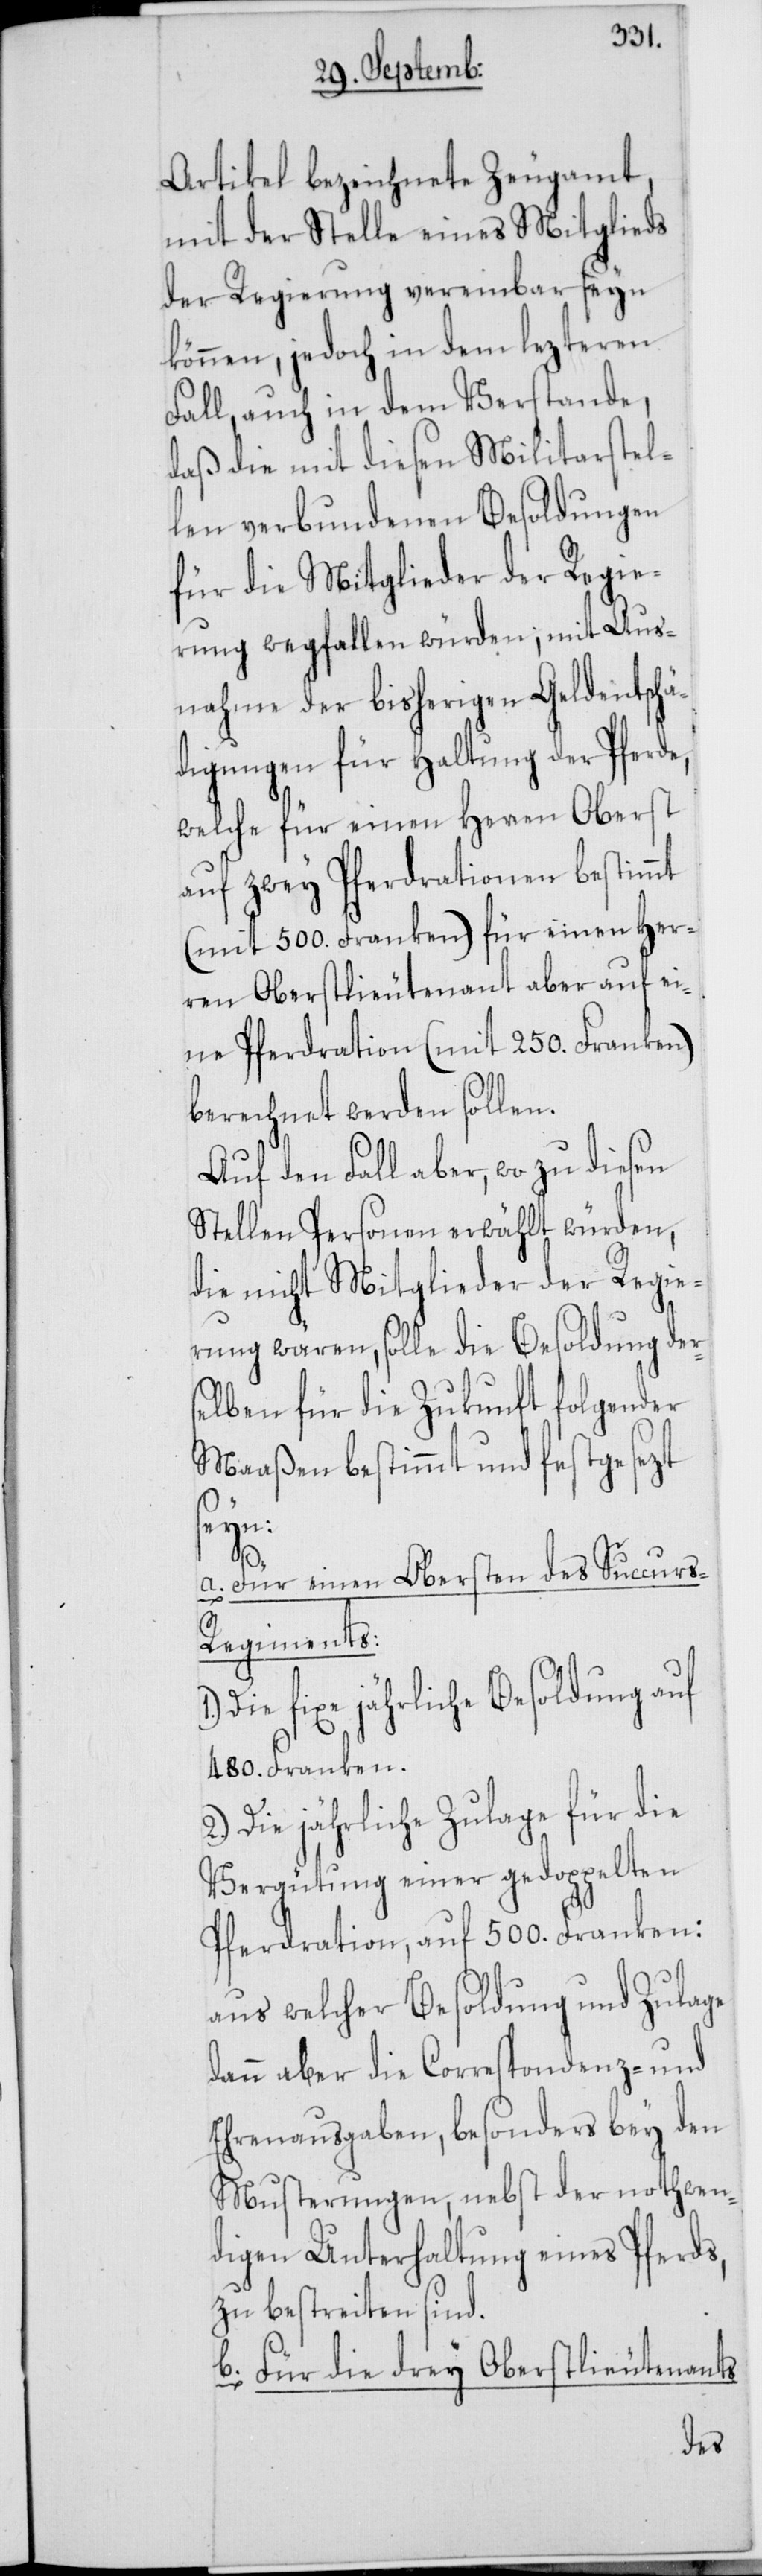
Artikel bezeichnete Zeugamt,
mit der Stelle eines Mitglieds
der Regierung vereinbar seyn
können, jedoch in dem lezteren
Fall, auch in dem Verstande,
daß die mit diesen Militarstel¬
len verbundenen Besoldungen
für die Mitglieder der Regie¬
rung wegfallen würden; mit Aus¬
nahme der bisherigen Geldentschä¬
digungen für Haltung der Pferde,
welche für einen Herren Oberst
auf zwey Pferdrationen bestimmt
(mit 500. Franken), für einen Her¬
ren Oberstlieutenant aber auf ei¬
ne Pferdration (mit 250. Franken)
berechnet werden sollen.
Auf den Fall aber, wo zu diesen
Stellen Personen erwählt würden,
die nicht Mitglieder der Regie¬
rung wären, solle die Besoldung der¬
selben für die Zukunft folgender
Maaßen bestimmt und festgesezt
seyn:
a. Für einen Obersten des Succurs-R¬
egiments:
Die fixe jährliche Besoldung auf
480. Franken.
Die jährliche Zulage für die
Vergütung einer gedoppelten
Pferdration, auf 500. Franken:
aus welcher Besoldung und Zulage
dann aber die Correspondenz- und
Ehrenausgaben, besonders bey den
Musterungen, nebst der nothwen¬
digen Unterhaltung eines Pferds,
zu bestreiten sind.
b. Für die drey Oberstlieutenants